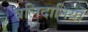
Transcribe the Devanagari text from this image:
बलिदानियों